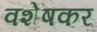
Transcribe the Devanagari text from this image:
वशेषकर